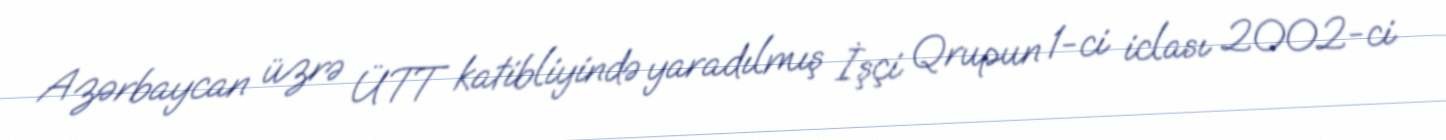
Azərbaycan üzrə ÜTT katibliyində yaradılmış İşçi Qrupun 1-ci iclası 2002-ci